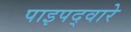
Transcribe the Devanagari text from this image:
पाइपद्वारे